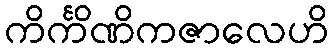
ကိင်္ကိဏိကဇာလေဟိ